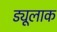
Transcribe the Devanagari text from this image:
ड्यूलाक